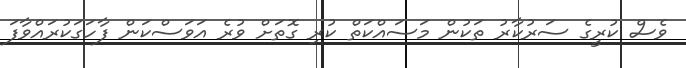
ވެސް ކުރީގެ ސަރުކާރު ތަކުން މަސައްކަތް ކުރި ގޮތަށް ވުރެ އަވަސްކަން ފާހަގަކުރައްވާފަ